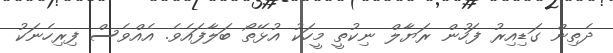
ދެތިން ގަޑިއިރު ފަހުން ރަޔާލް ނިކުތީ މީހަކު އުޅޭތޯ ބަލާފައެވެ. އެއްވެސް ފިރިހެނަކު